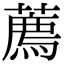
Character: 薦